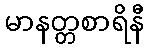
မာနတ္တစာရိနီ